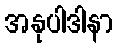
အနုပါဒါနာ